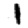
Digit: 1